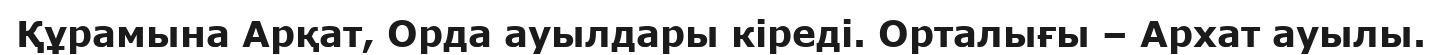
Құрамына Арқат, Орда ауылдары кіреді. Орталығы – Архат ауылы.